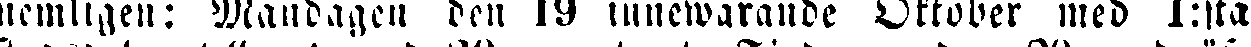
nemligen: Måndagen den 19 innewarande Oktober med 1:sta